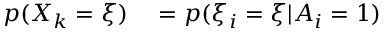
\begin{array} { r l } { p ( X _ { k } = \xi ) } & { { } = p ( \xi _ { i } = \xi | A _ { i } = 1 ) } \end{array}